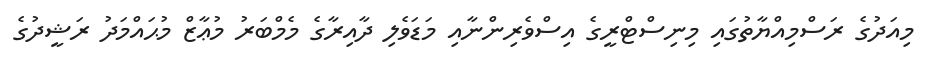
މިއަދުގެ ރަސްމިއްޔާތުގައި މިނިސްޓްރީގެ އިސްވެރިންނާއި މަޑަވެލި ދާއިރާގެ މެމްބަރު މުޢާޒް މުޙައްމަދު ރަޝީދުގެ